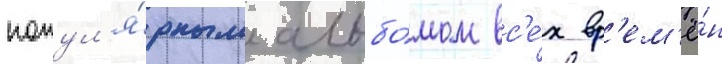
попул'я́рным альбо́мом вс'е́х вр'ем'ё́н